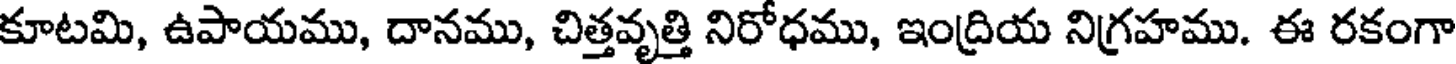
కూటమి, ఉపాయము, దానము, చిత్తవృత్తి నిరోధము, ఇంద్రియ నిగ్రహము. ఈ రకంగా